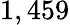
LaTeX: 1,459